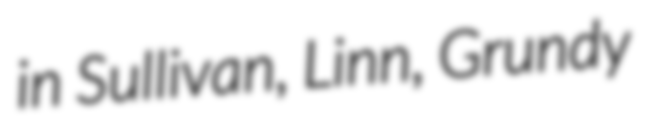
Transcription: in Sullivan, Linn, Grundy